Indian journal of veterinary science and animal husbandry - Volumes 24-25, 1954-1955
Year: 1954
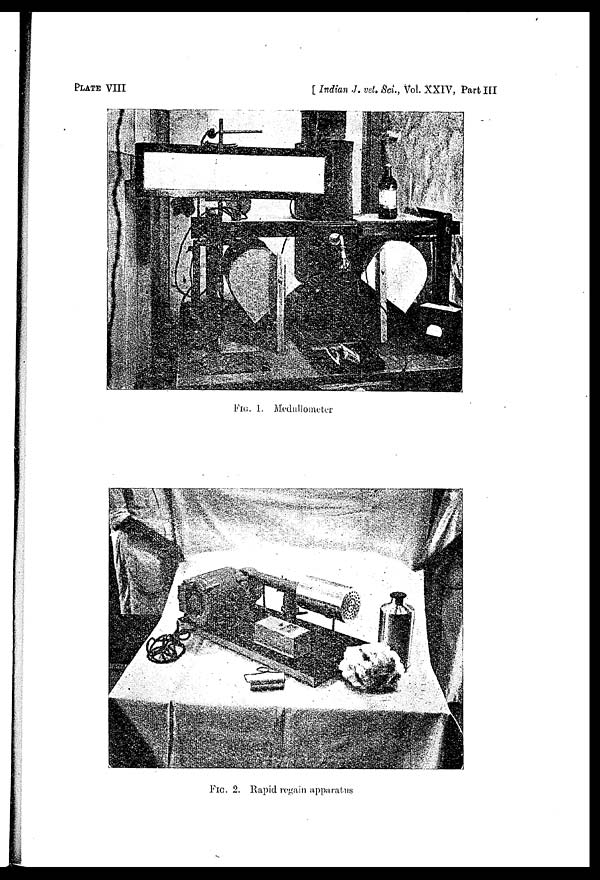
PLATE VIII
[ Indian J. vet. Sci., Vol. XXIV, Part III
FIG. 1. Medullometer
FIG. 2. Rapid regain apparatus